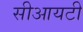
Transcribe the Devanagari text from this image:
सीआयटी